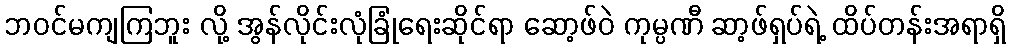
ဘဝင်မကျကြဘူး လို့ အွန်လိုင်းလုံခြုံရေးဆိုင်ရာ ဆော့ဖ်ဝဲ ကုမ္ပဏီ ဆာ့ဖ်ရှပ်ရဲ့ ထိပ်တန်းအရာရှိ